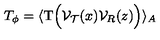
T _ { \phi } = \langle \mathrm { T } \Big ( { \cal V } _ { \cal T } ( x ) { \cal V } _ { R } ( z ) \Big ) \rangle _ { A }